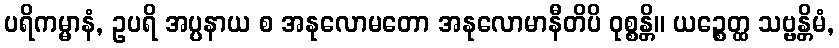
ပရိကမ္မာနံ, ဥပရိ အပ္ပနာယ စ အနုလောမတော အနုလောမာနီတိပိ ဝုစ္စန္တိ။ ယဉ္စေတ္ထ သဗ္ဗန္တိမံ,